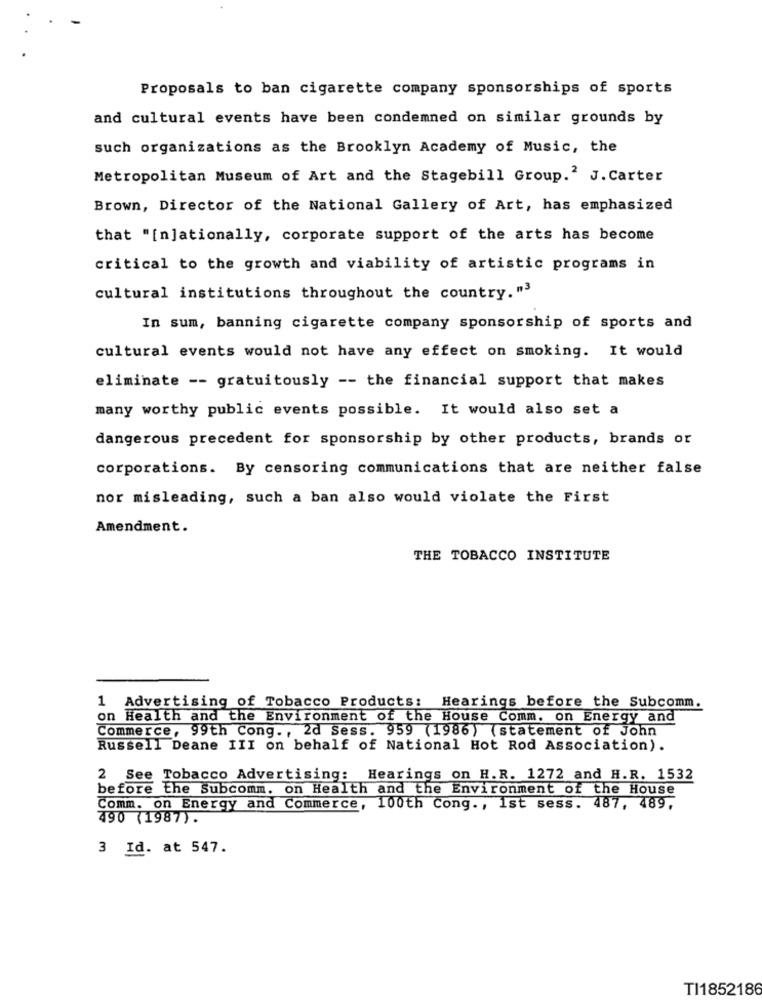
Proposals to ban cigarette company sponsorships of sports
and cultural events have been condemned on similar grounds by
such organizations as the Brooklyn Academy of Music, the
Metropolitan Museum of Art and the Stagebill Group.' J. Carter
Brown, Director of the National Gallery of Art, has emphasized
that "[n]ationally, corporate support of the arts has become
critical to the growth and viability of artistic programs in
cultural institutions throughout the country."3
In sum, banning cigarette company sponsorship of sports and
cultural events would not have any effect on smoking. It would
eliminate -- gratuitously -- the financial support that makes
many worthy public events possible. It would also set a
dangerous precedent for sponsorship by other products, brands or
corporations. By censoring communications that are neither false
nor misleading, such a ban also would violate the First
Amendment.
THE TOBACCO INSTITUTE
1 Advertising of Tobacco Products: Hearings before the Subcomm.
on Health and the Environment of the House Comm. on Energy and
Commerce, 99th Cong ., 2d Sess. 959 (1986) (statement of John
Russell Deane III on behalf of National Hot Rod Association).
2 See Tobacco Advertising: Hearings on H.R. 1272 and H.R. 1532
before the Subcomm. on Health and the Environment of the House
Comm. on Energy and Commerce, 100th Cong. , 1st sess. 487, 489,
490 (1987) .
3 Id. at 547.
TI1852186